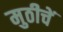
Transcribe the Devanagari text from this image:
मुठीचें